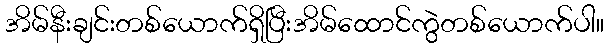
အိမ်နီးချင်းတစ်ယောက်ရှိပြီးအိမ်ထောင်ကွဲတစ်ယောက်ပါ။